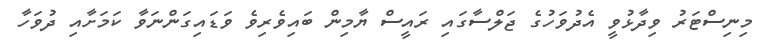
މިނިސްޓަރު ވިދާޅުވީ އެދުވަހުގެ ޖަލްސާގައި ރައީސް ޔާމިން ބައިވެރިވެ ވަޑައިގަންނަވާ ކަމަށާއި ދުވަހާ